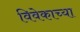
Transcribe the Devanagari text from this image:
विवेकाच्या